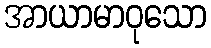
အာယာမာဝုသော